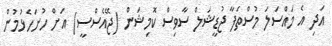
އަދި އެ މައްސަލަ މުސްތަފާ ޖުޑީޝަލް ސާވިސް ކޮމިޝަން (ޖޭއެސްސީ) އަށް ހުށަހެޅުމުން